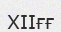
ХІІғғ